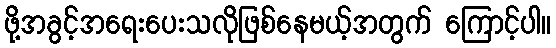
ဖို့အခွင့်အရေးပေးသလိုဖြစ်နေမယ့်အတွက် ကြောင့်ပါ။